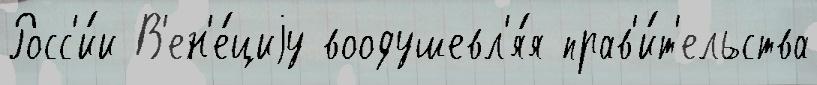
Росс'и́и В'ен'е́циjу воодушевл'я́я прав'и́т'ельства